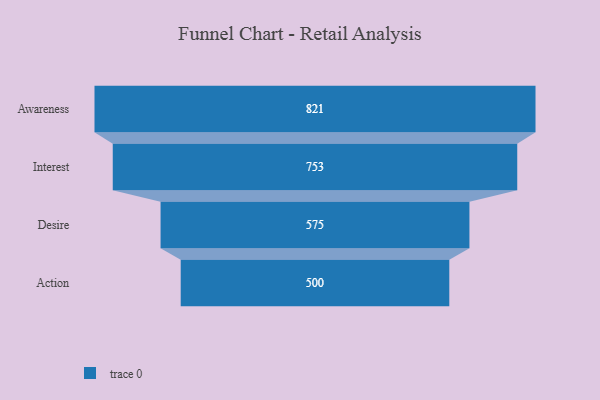
{"axis": {"x": "Stage", "y": "Value"}, "legend": [""], "data": [{"x": "Awareness", "y": 821.0, "type": ""}, {"x": "Interest", "y": 753.0, "type": ""}, {"x": "Desire", "y": 575.0, "type": ""}, {"x": "Action", "y": 500, "type": ""}]}